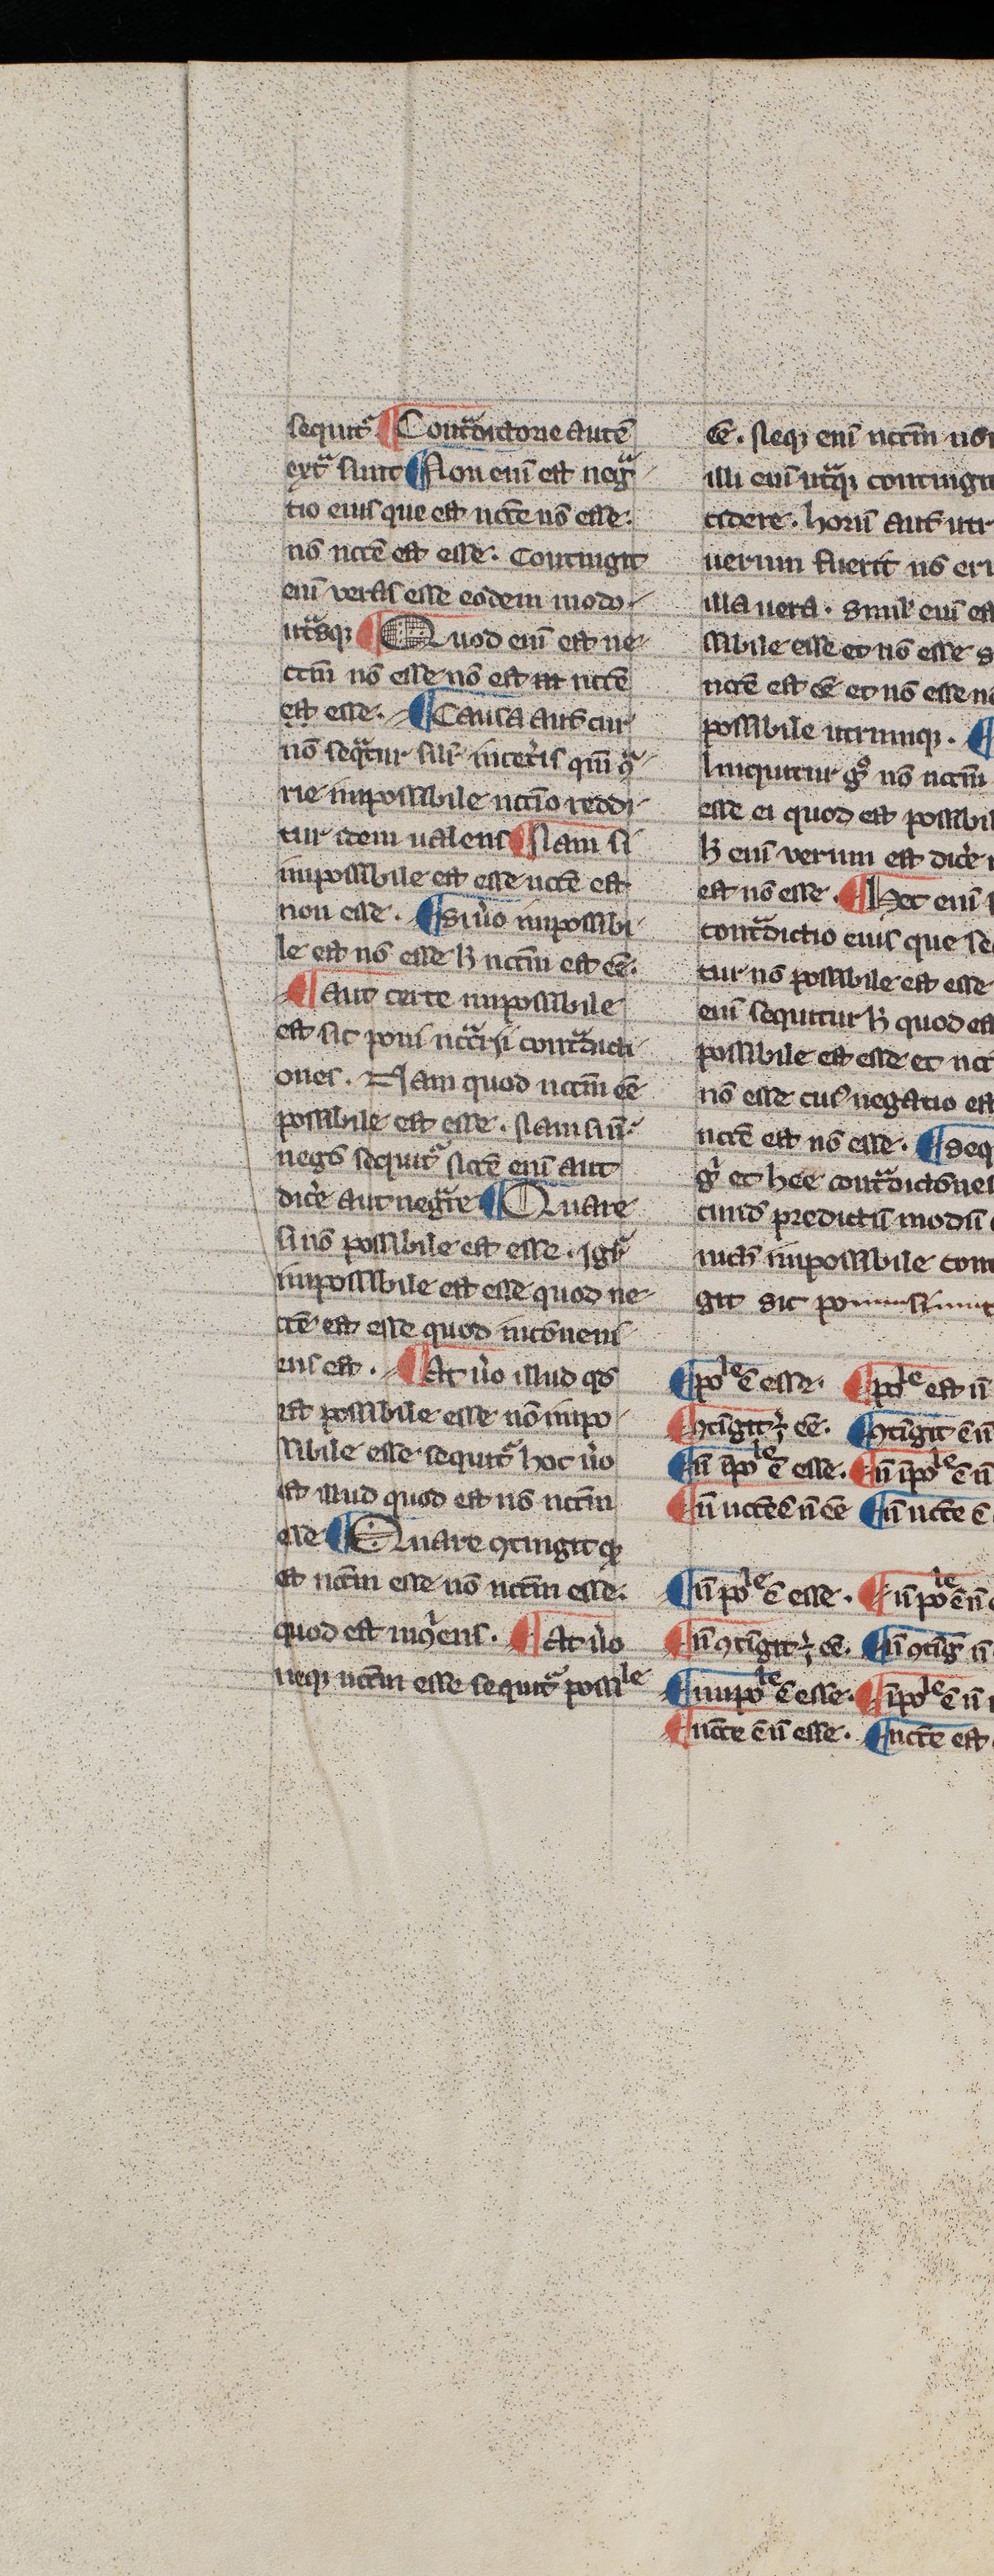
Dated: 1300–1330